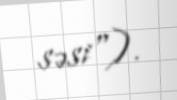
səsi").